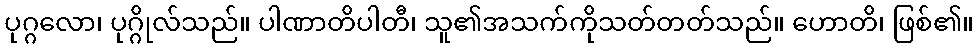
ပုဂ္ဂလော၊ ပုဂ္ဂိုလ်သည်။ ပါဏာတိပါတီ၊ သူ၏အသက်ကိုသတ်တတ်သည်။ ဟောတိ၊ ဖြစ်၏။